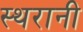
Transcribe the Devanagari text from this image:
स्थरानी